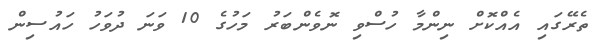
ތެރޭގައި އެއްކޮށް ނިންމާ ހުސްވި ނޮވެންބަރު މަހުގެ 10 ވަނަ ދުވަހު ހައުސިން